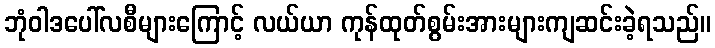
ဘုံဝါဒပေါ်လစီများကြောင့် လယ်ယာ ကုန်ထုတ်စွမ်းအားများကျဆင်းခဲ့ရသည်။